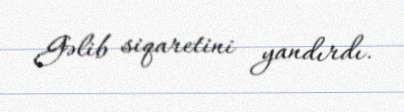
Gəlib siqaretini yandırdı.